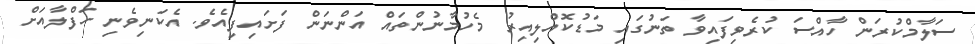
ސަލާމްކުރަން ހާއްސަ ކުރެވިފައިވާ ތަނުގައި މަޑުކޮއްލިއިރު މެހުމާނުންތައް އަންނަން ފަށައިފިއެވެ. އެކަނިވެނި ހަފްލާއަށް